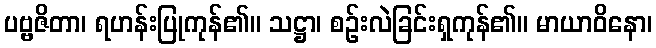
ပဗ္ဗဇိတာ၊ ရဟန်းပြုကုန်၏။ သဋ္ဌာ၊ စဉ်းလဲခြင်းရှကုန်၏။ မာယာဝိနော၊